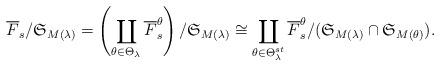
LaTeX: \begin{align*}\overline F_s / \mathfrak S_{M(\lambda)}= \left(\coprod _{\theta \in \Theta _{\lambda}} \overline F_s^{\theta} \right) / \mathfrak S_{M(\lambda)}\cong\coprod _{\theta \in \Theta _{\lambda}^{st}} \overline F_s^{\theta} / (\mathfrak S_{M(\lambda)}\cap \mathfrak S _{M(\theta)}).\end{align*}